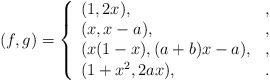
LaTeX: \begin{align*}(f,g)=\left\{\begin{array}{ll}(1,2x),&,\\(x,x-a),&,\\(x(1-x),(a+b)x-a),&,\\(1+x^2,2ax),&.\end{array}\right.\end{align*}